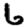
Digit: 6